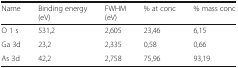
<table><thead><tr><td><b>Name</b></td><td><b>Binding energy (eV)</b></td><td><b>FWHM(eV)</b></td><td><b>% at conc</b></td><td><b>% mass conc</b></td></tr></thead><tbody><tr><td>O 1 s</td><td>531,2</td><td>2,605</td><td>23,46</td><td>6,15</td></tr><tr><td>Ga 3d</td><td>23,2</td><td>2,335</td><td>0,58</td><td>0,66</td></tr><tr><td>As 3d</td><td>42,2</td><td>2,758</td><td>75,96</td><td>93,19</td></tr></tbody></table>